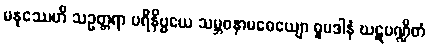
မနုဿေဟိ သဥတ္တရာ ပရိနိဗ္ဗယေ သမ္ဘဝနာမဓေယျော ဓူမဒါနံ ဃဋပဏ္ဍိတံ